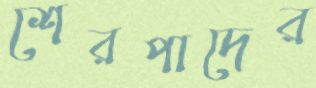
শেরপাদের